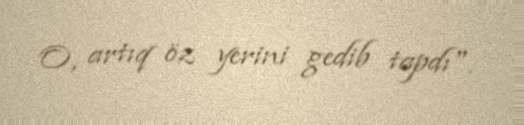
O, artıq öz yerini gedib tapdı".